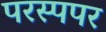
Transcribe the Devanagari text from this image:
परस्पपर